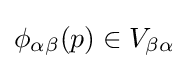
\phi _{\alpha \beta }(p)\in V_{\beta \alpha }